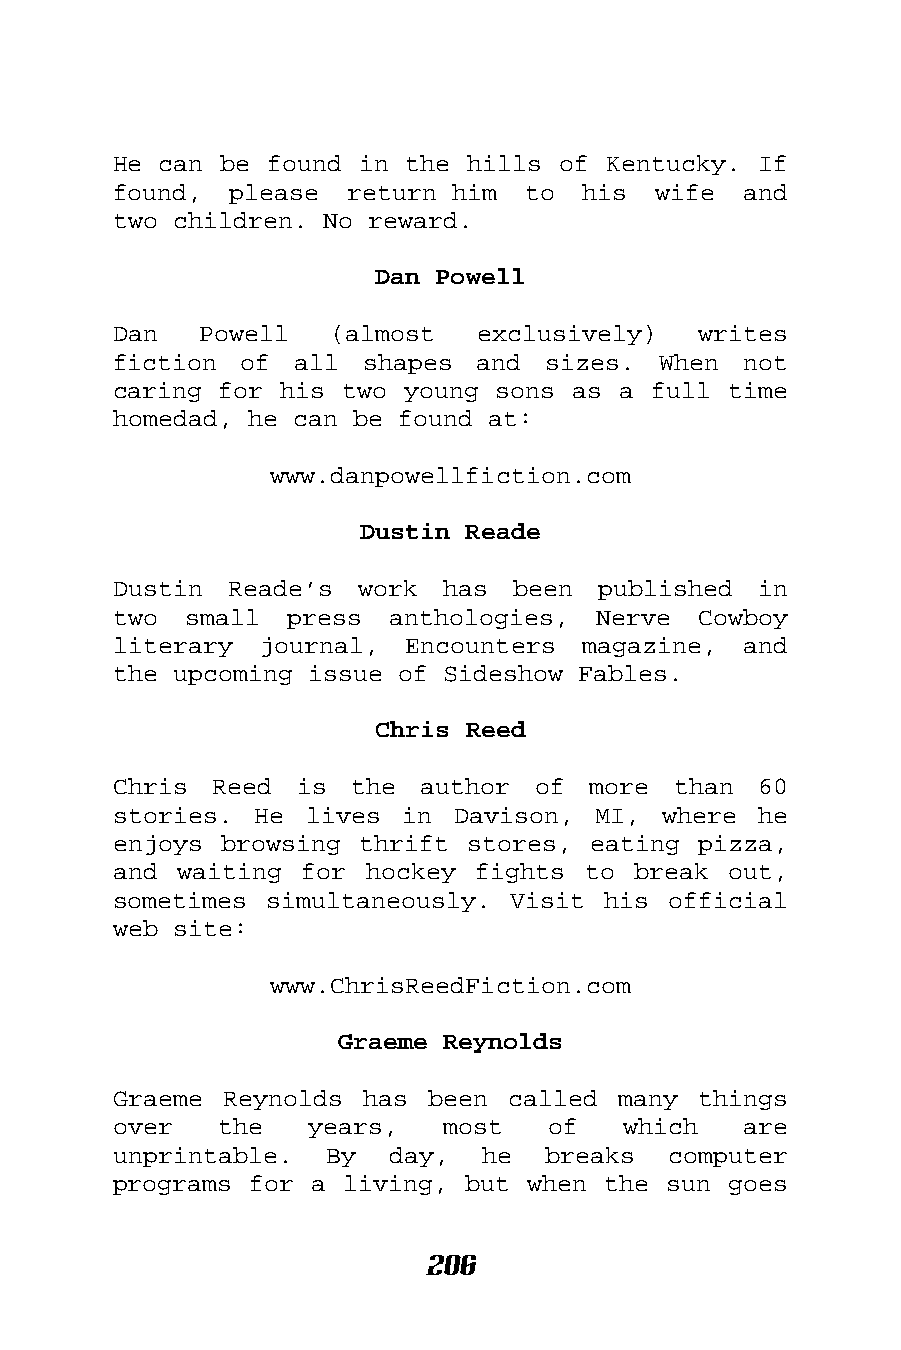
He can be found in the hills of  Kentucky. If
 found,  please return him  to  his  wife  and
 two children. No reward.
 Dan Powell
 Dan   Powell  (almost   exclusively)   writes
 fiction of  all shapes  and  sizes. When  not
 caring for his two young sons as a full  time
 homedad, he can be found at:
 www.danpowellfiction.com
 Dustin Reade
 Dustin Reade’s  work  has been  published  in
 two  small press  anthologies,  Nerve  Cowboy
 literary  journal, Encounters  magazine,  and
 the upcoming issue of Sideshow Fables.
 Chris Reed
 Chris Reed  is  the author  of more  than  60
 stories. He  lives in Davison,  MI, where  he
 enjoys browsing thrift stores, eating  pizza,
 and waiting for  hockey fights to break  out,
 sometimes simultaneously. Visit his  official
 web site:
 www.ChrisReedFiction.com
 Graeme Reynolds
 Graeme Reynolds has  been called many  things
 over   the   years,   most   of   which   are
 unprintable.  By  day,  he  breaks   computer
 programs for a living, but when the sun  goes
 206